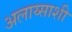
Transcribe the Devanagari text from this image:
अलाय्साशी